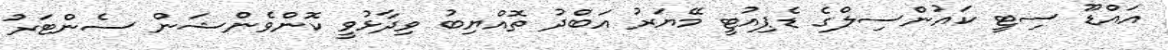
އައްޑޫ ސިޓީ ކައުންސިލްގެ ޑެޕިއުޓީ މޭޔަރު އަބްދު ތޮއްޔިބު ވިދާޅުވީ ކޮންވެންޝަން ސެންޓަރު